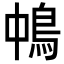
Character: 𩿀